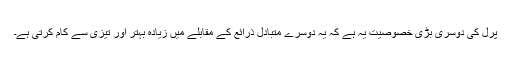
پرل کی دوسری بڑی خصوصیت یہ ہے کہ یہ دوسرے متبادل ذرائع کے مقابلے میں زیادہ بہتر اور تیزی سے کام کرتی ہے۔